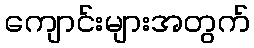
ကျောင်းများအတွက်